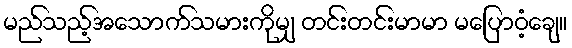
မည်သည့်အသောက်သမားကိုမျှ တင်းတင်းမာမာ မပြောဝံ့ချေ။